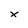
Character: x